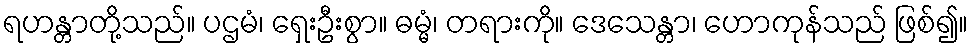
ရဟန္တာတို့သည်။ ပဌမံ၊ ရှေးဦးစွာ။ ဓမ္မံ၊ တရားကို။ ဒေသေန္တာ၊ ဟောကုန်သည် ဖြစ်၍။